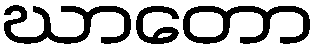
ဃာတော